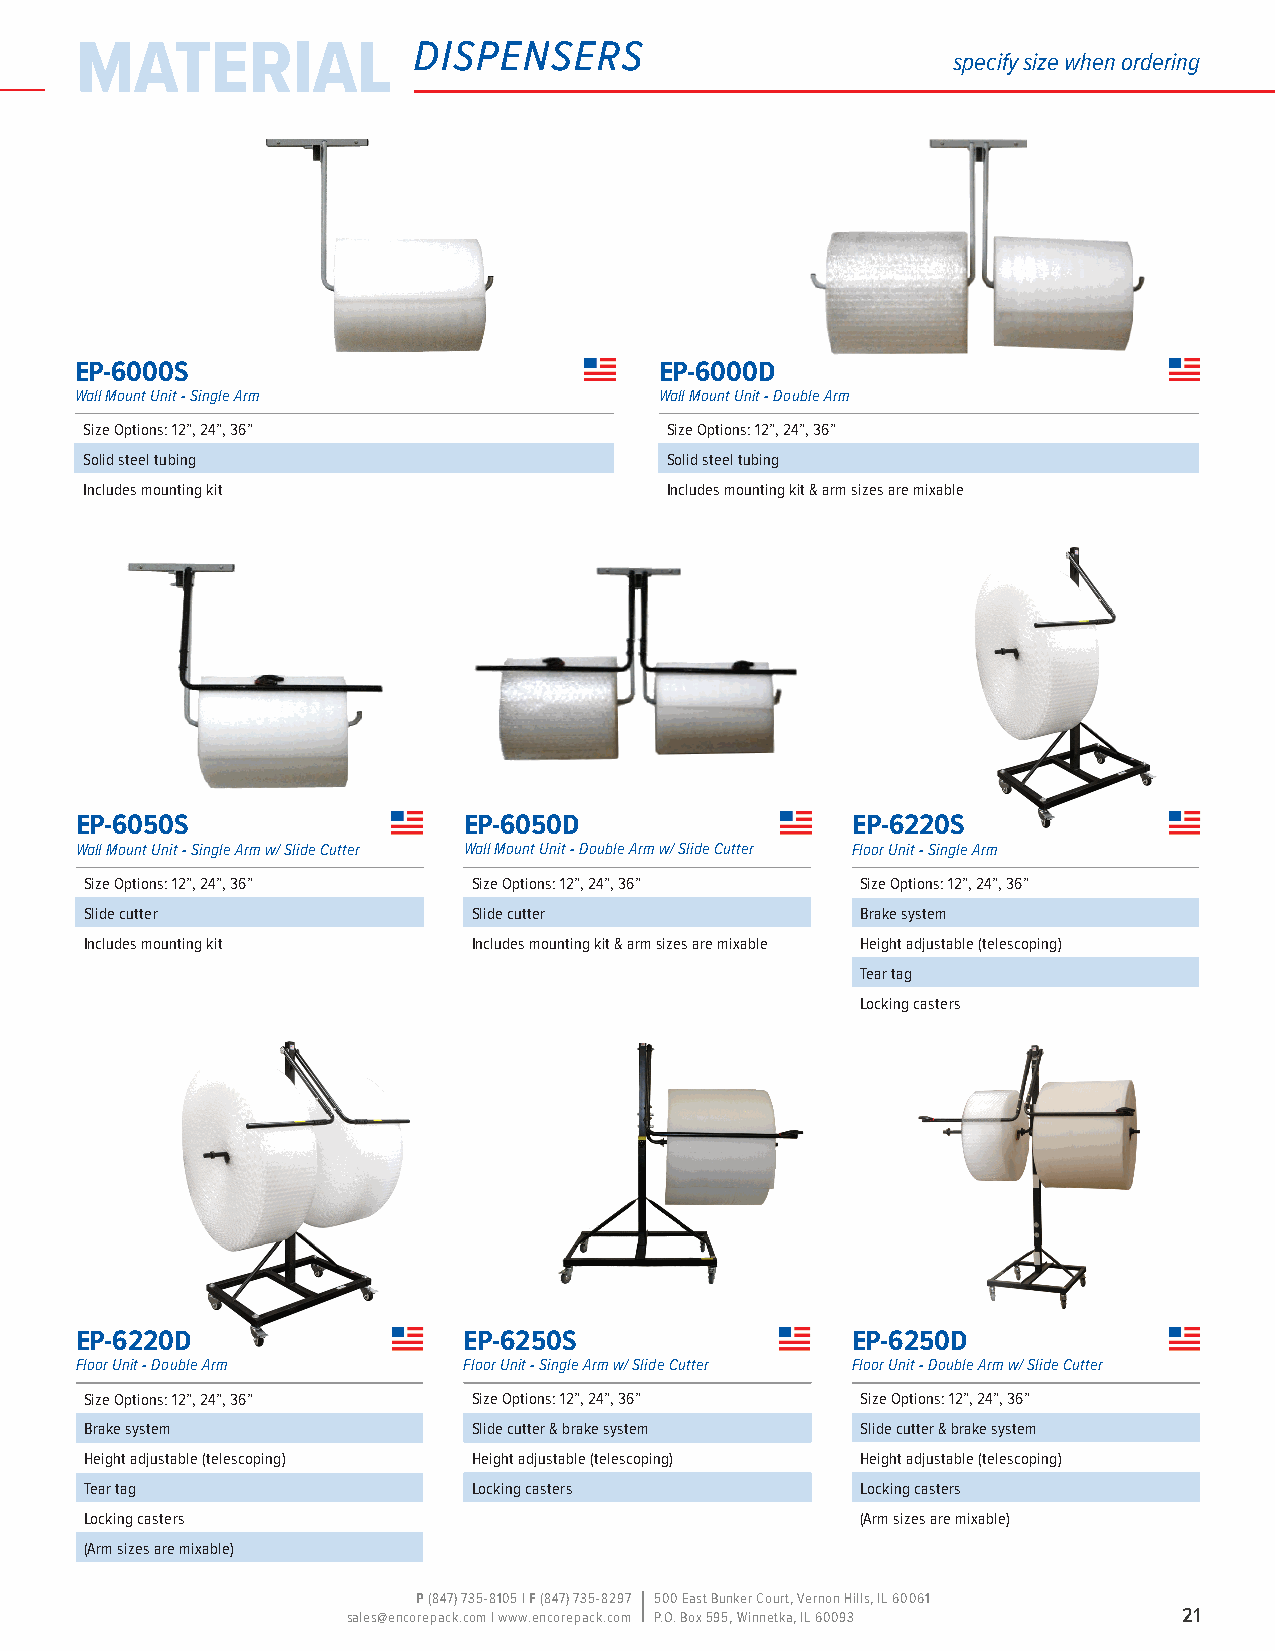
material              dispensers
 specify size when ordering
 EP-6000S                               EP-6000D
 Wall Mount Unit - Single Arm           Wall Mount Unit - Double Arm
 Size Options: 12”, 24”, 36”           Size Options: 12”, 24”, 36”
 Solid steel tubing                    Solid steel tubing
 Includes mounting kit                 Includes mounting kit & arm sizes are mixable
 EP-6050S                  EP-6050D                 EP-6220S
 Wall Mount Unit - Single Arm w/ Slide Cutter Wall Mount Unit - Double Arm w/ Slide Cutter Floor Unit - Single Arm
 Size Options: 12”, 24”, 36” Size Options: 12”, 24”, 36” Size Options: 12”, 24”, 36”
 Slide cutter             Slide cutter              Brake system
 Includes mounting kit    Includes mounting kit & arm sizes are mixable Height adjustable (telescoping)
 Tear tag
 Locking casters
 EP-6220D                  EP-6250S                 EP-6250D
 Floor Unit - Double Arm   Floor Unit - Single Arm w/ Slide Cutter Floor Unit - Double Arm w/ Slide Cutter
 Size Options: 12”, 24”, 36” Size Options: 12”, 24”, 36” Size Options: 12”, 24”, 36”
 Brake system             Slide cutter & brake system Slide cutter & brake system
 Height adjustable (telescoping) Height adjustable (telescoping) Height adjustable (telescoping)
 Tear tag                 Locking casters           Locking casters
 Locking casters                                    (Arm sizes are mixable)
 (Arm sizes are mixable)
 P (847) 735-8105 | F (847) 735-8297 500 East Bunker Court, Vernon Hills, IL 60061
 sales@encorepack.com | www.encorepack.com P.O. Box 595, Winnetka, IL 60093 21